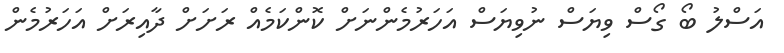
އަސްލު ބޯ ގޯސް ވިޔަސް ނުވިޔަސް އަހަރުމެންނަށް ކޮންކަމެއް ރަށަށް ދާއިރަށް އަހަރުމެން